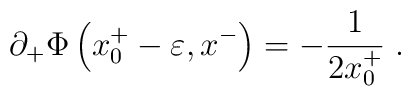
\partial_+\Phi\left(x^+_0-\varepsilon,x^-\right)=-{1\over{2 x^+_0}}\;.